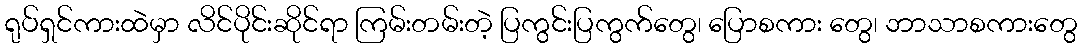
ရုပ်ရှင်ကားထဲမှာ လိင်ပိုင်းဆိုင်ရာ ကြမ်းတမ်းတဲ့ ပြကွင်းပြကွက်တွေ၊ ပြောစကား တွေ၊ ဘာသာစကားတွေ